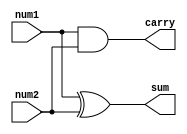
module halfadder(num1,num2,sum,carry);
	input num1, num2;
	output sum, carry;
	assign sum = num1^num2;
	assign carry = num1&num2;
endmodule

module test;
	reg a,b;
	wire c,d;
	halfadder ha(a,b,c,d);
	initial begin
		$dumpfile("q2a.vcd");
		$dumpvars(0,test);
		$display("a b c d");
		$monitor("%b %b %b %b", a,b,c,d);
		a=0; b=0; #10
		a=0; b=1; #10
		a=1; b=0; #10
		a=1; b=1; #10 $finish;
	end
endmodule